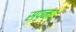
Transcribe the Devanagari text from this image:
सपना।